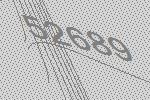
52689